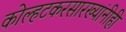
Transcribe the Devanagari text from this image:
कोल्हटकरसारख्यांनीही